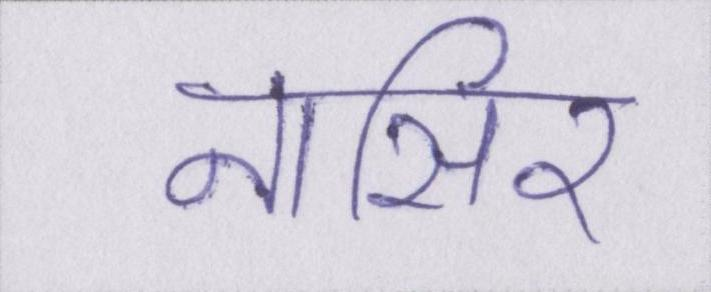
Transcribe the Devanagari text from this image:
नासिर